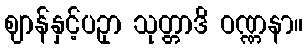
ဈာန်နှင့်ပဥှာ သုတ္တာဒိ ဝဏ္ဏနာ။